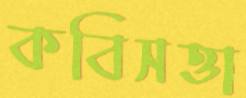
কবিসত্তা